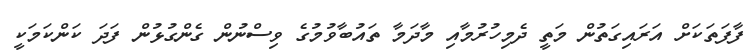
ފާފަތަކަށް އަރައިގަތުން މަތީ ދެމިހުރުމާއި މާދަމާ ތައުބާވުމުގެ ވިސްނުން ގެންގުޅުން ފަދަ ކަންކަމަކީ